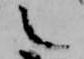
之